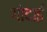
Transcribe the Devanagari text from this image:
गोदाई